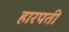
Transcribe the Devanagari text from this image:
हारपती